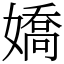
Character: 嬌